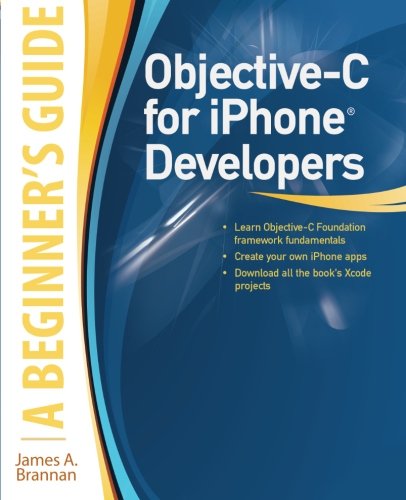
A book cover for Objective-C for iPhone Developers, A Beginner's Guide; James Brannan; Computers & Technology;